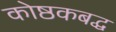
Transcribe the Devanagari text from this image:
कोष्ठकबद्ध